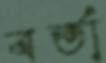
বর্তা